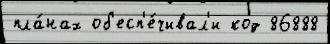
пла́нах об'есп'е́чивал'и код 86888